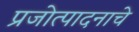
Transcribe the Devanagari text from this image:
प्रजोत्पादनाचे